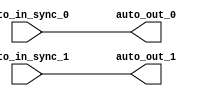
// This program was cloned from: https://github.com/NYU-MLDA/OpenABC
// License: BSD 3-Clause "New" or "Revised" License

module IntSyncCrossingSink_1( // @[:freechips.rocketchip.system.TinyConfig.fir@115314.2]
  input   auto_in_sync_0, // @[:freechips.rocketchip.system.TinyConfig.fir@115317.4]
  input   auto_in_sync_1, // @[:freechips.rocketchip.system.TinyConfig.fir@115317.4]
  output  auto_out_0, // @[:freechips.rocketchip.system.TinyConfig.fir@115317.4]
  output  auto_out_1 // @[:freechips.rocketchip.system.TinyConfig.fir@115317.4]
);
  assign auto_out_0 = auto_in_sync_0; // @[LazyModule.scala 173:49:freechips.rocketchip.system.TinyConfig.fir@115326.4]
  assign auto_out_1 = auto_in_sync_1; // @[LazyModule.scala 173:49:freechips.rocketchip.system.TinyConfig.fir@115326.4]
endmodule